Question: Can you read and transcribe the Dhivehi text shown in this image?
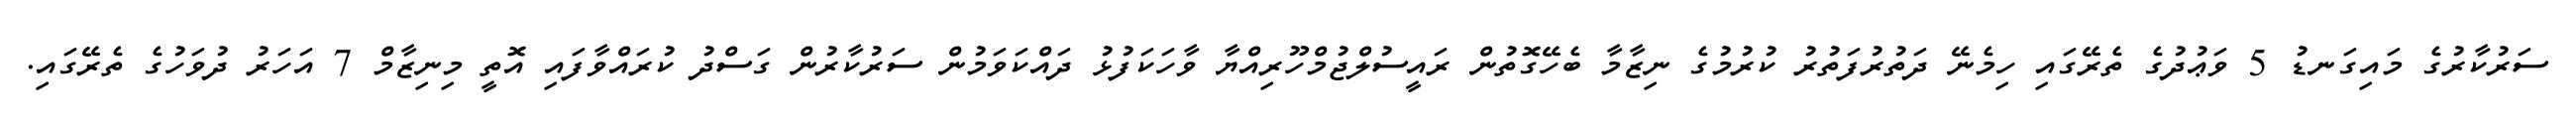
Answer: ސަރުކާރުގެ މައިގަނޑު 5 ވަޢުދުގެ ތެރޭގައި ހިމެނޭ ދަތުރުފަތުރު ކުރުމުގެ ނިޒާމާ ބެހޭގޮތުން ރައީސުލްޖުމްހޫރިއްޔާ ވާހަކަފުޅު ދައްކަވަމުން ސަރުކާރުން ގަސްދު ކުރައްވާފައި އޮތީ މިނިޒާމް 7 އަހަރު ދުވަހުގެ ތެރޭގައި.